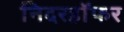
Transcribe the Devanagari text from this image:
निदरहॉफर